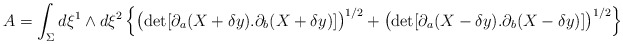
\begin{align*}A=\int_{\Sigma}d\xi^1\wedge d\xi^2\left\{\big(\mathrm{det}[\partial_a (X+\delta y).\partial_b(X+\delta y)]\big)^{1/2}+\big(\mathrm{det}[\partial_a(X-\delta y).\partial_b(X-\delta y)]\big)^{1/2}\right\}\end{align*}